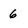
Character: 6